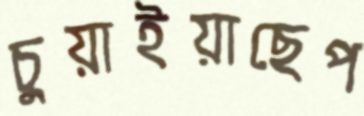
চুয়াইয়াছেপ